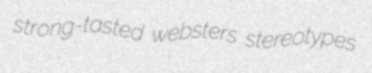
strong-tasted websters stereotypes